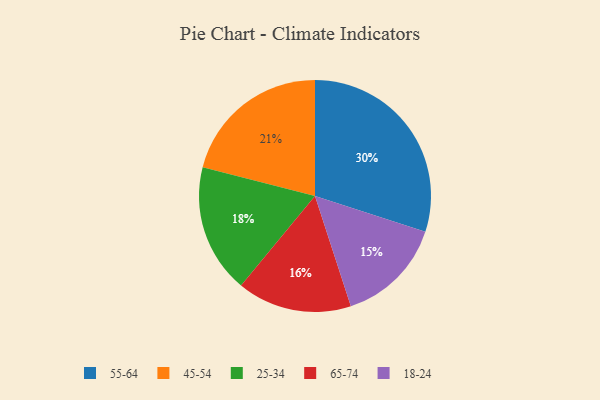
{"axis": {"x": "Category", "y": "Percentage"}, "legend": ["18-24", "25-34", "45-54", "55-64", "65-74"], "data": [{"x": "55-64", "y": 30, "type": "55-64"}, {"x": "18-24", "y": 15, "type": "18-24"}, {"x": "65-74", "y": 16, "type": "65-74"}, {"x": "45-54", "y": 21, "type": "45-54"}, {"x": "25-34", "y": 18, "type": "25-34"}]}